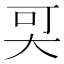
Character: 𡘀